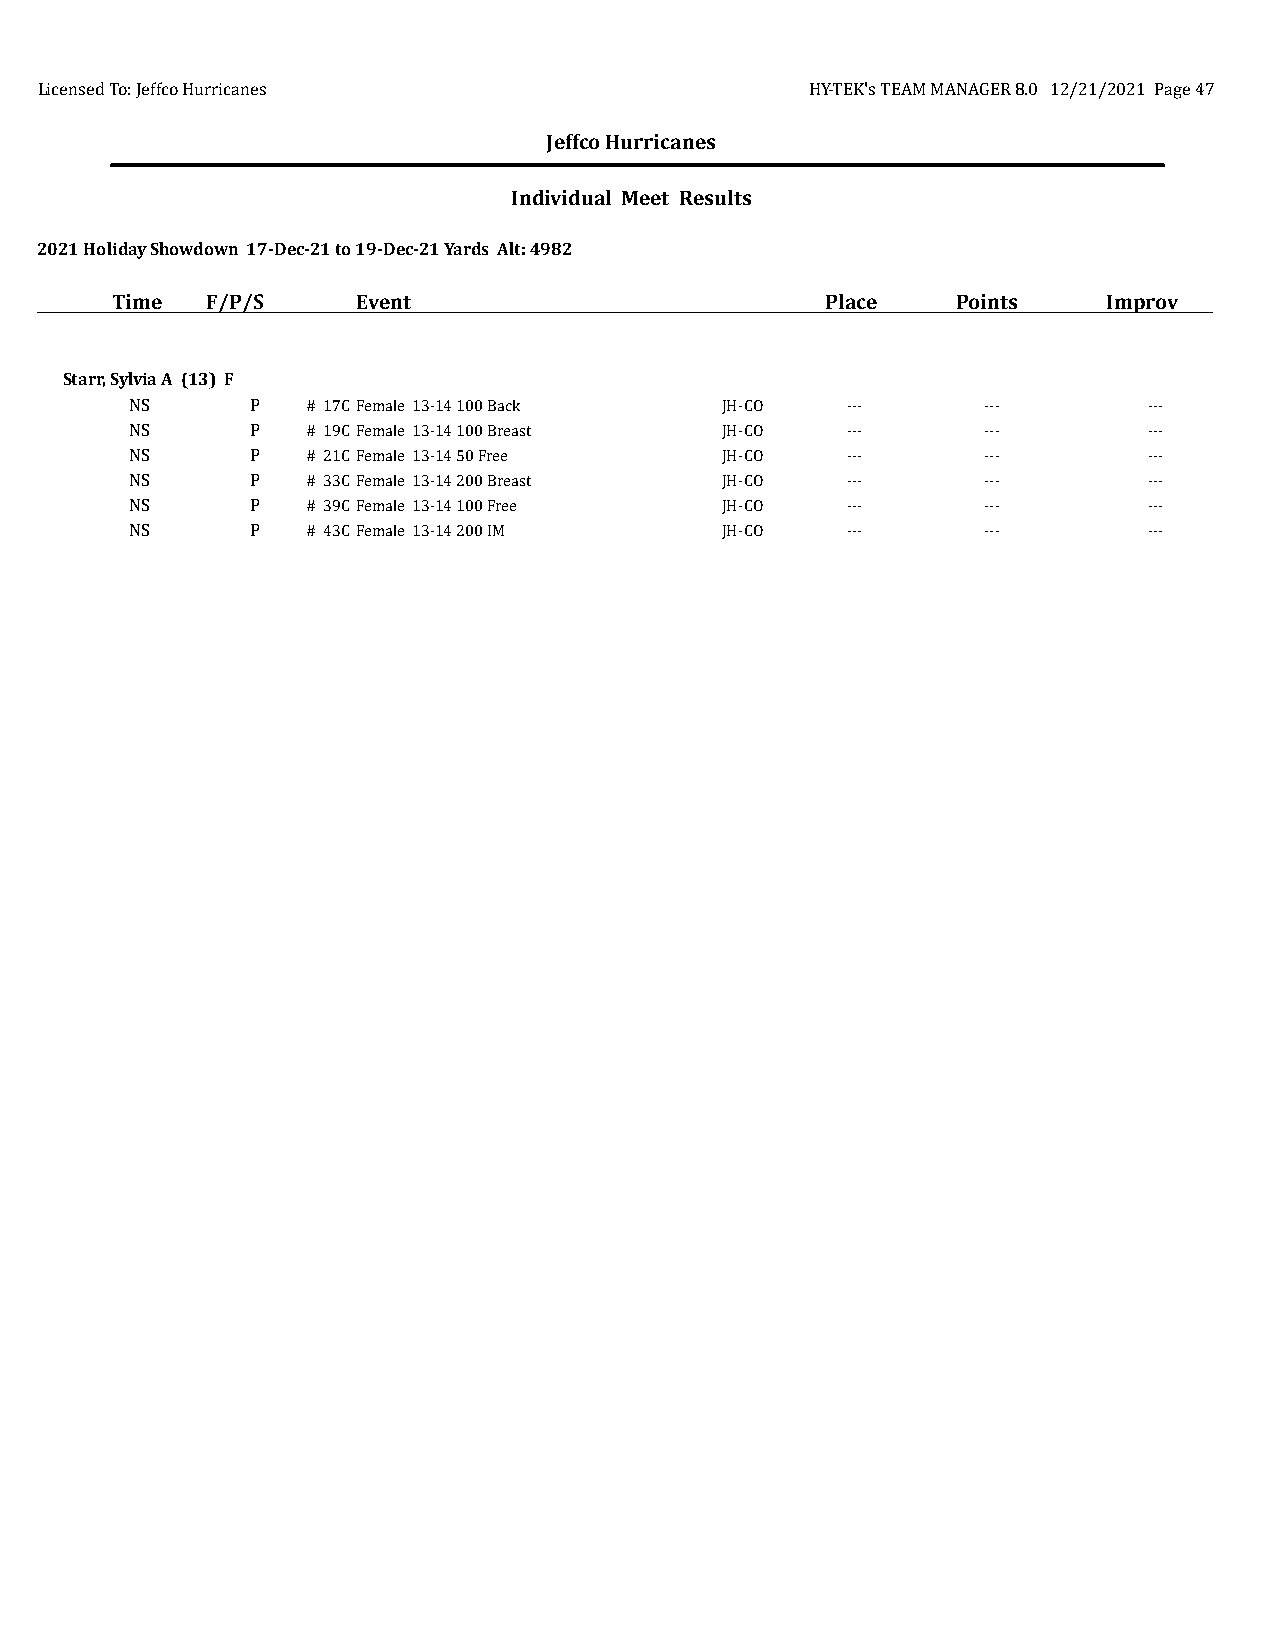
Licensed To: Jeffco Hurricanes                      HY-TEK's TEAM MANAGER 8.0 12/21/2021 Page 47
 Jeffco Hurricanes
 Individual Meet Results
 2021 Holiday Showdown 17-Dec-21 to 19-Dec-21 Yards Alt: 4982
 Time   F/P/S     Event                          Place   Points    Improv
 Starr, Sylvia A (13) F
 NS      P  # 17CFemale 13-14 100 Back  JH-CO   ---      ---        ---
 NS      P  # 19CFemale 13-14 100 Breast JH-CO  ---      ---        ---
 NS      P  # 21CFemale 13-14 50 Free   JH-CO   ---      ---        ---
 NS      P  # 33CFemale 13-14 200 Breast JH-CO  ---      ---        ---
 NS      P  # 39CFemale 13-14 100 Free  JH-CO   ---      ---        ---
 NS      P  # 43CFemale 13-14 200 IM    JH-CO   ---      ---        ---